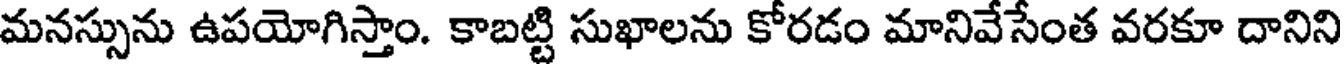
మనస్సును ఉపయోగిస్తాం. కాబట్టి సుఖాలను కోరడం మానివేసేంత వరకూ దానిని